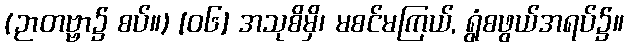
(ဉာတဗ္ဗာ၌ စပ်။) [၀၆] အသုစိမှိ၊ မစင်မကြယ်, ရွံစဖွယ်အရပ်၌။